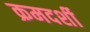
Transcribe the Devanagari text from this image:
क्रमदर्शी